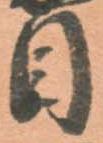
目